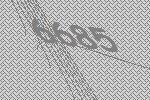
6685